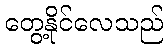
တွေ့နိုင်လေသည်